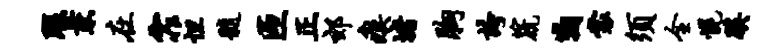
瑕兼在霏怛髓匝正郊瘼堵胸夸篪鞠裳须全幌蹊